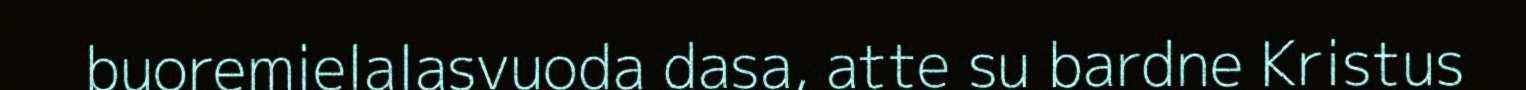
buoremielalasvuoda dasa, atte su bardne Kristus